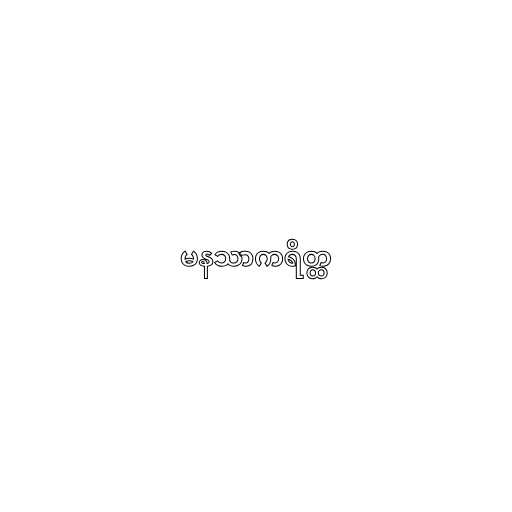
မနသာကရိတ္ထ